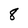
Character: 8